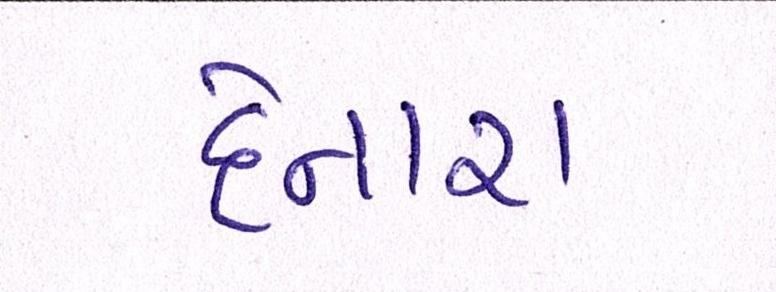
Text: દેનારા